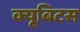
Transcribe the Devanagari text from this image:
क्यूबिटस